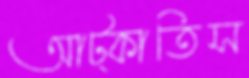
আট্‌কাতিস